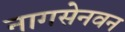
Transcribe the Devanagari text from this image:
नागसेनवन